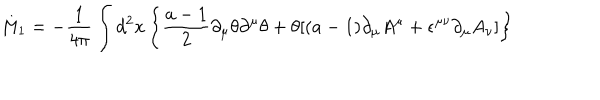
M _ { 1 } = - { \frac { 1 } { 4 \pi } } \int d ^ { 2 } x \left\{ { \frac { a - 1 } { 2 } } \partial _ { \mu } \theta \partial ^ { \mu } \theta + \theta [ ( a - 1 ) \partial _ { \mu } A ^ { \mu } + \epsilon ^ { \mu \nu } \partial _ { \mu } A _ { \nu } ] \right\}